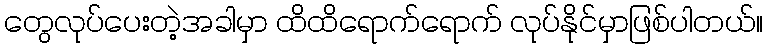
တွေလုပ်ပေးတဲ့အခါမှာ ထိထိရောက်ရောက် လုပ်နိုင်မှာဖြစ်ပါတယ်။